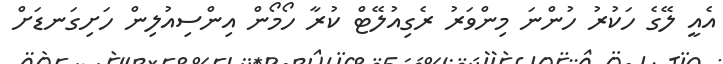
އެއީ ލޭގެ ހަކުރު ހުންނަ މިންވަރު ރެގިއުލޭޓް ކުރާ ހޯމޯން އިންސިއުލިން ހަށިގަނޑަށް